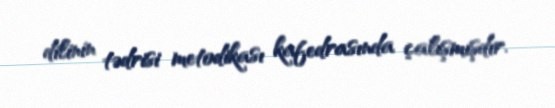
dilinin tədrisi metodikası kafedrasında çalışmışdır.